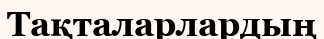
Тақталарлардың